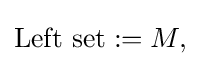
{\text{Left set}}:=M,\;